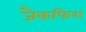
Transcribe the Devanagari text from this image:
जैकफिश